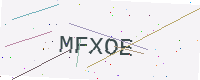
Text: MFXOE